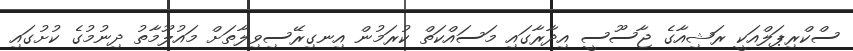
ސްކްރިޕަލްއަކީ ރަޝިއާގެ ޖާސޫސީ އިދާރާގައި މަސައްކަތް ކުރަމުން އިނގިރޭސިވިލާތަށް މައުލޫމާތު ދިނުމުގެ ކުށުގައި